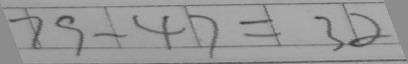
7 9 - 4 7 = 3 2